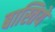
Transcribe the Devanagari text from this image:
बास्तिये